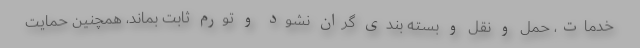
خدمات، حمل و نقل و بسته بندی گران نشود و تورم ثابت بماند، همچنین حمایت